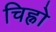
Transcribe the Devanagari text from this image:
चिह्नो